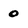
Character: O